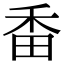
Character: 𤱜